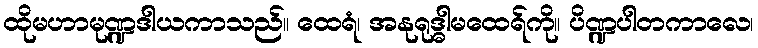
ထိုမဟာမုဏ္ဍဒါယကာသည်။ ထေရံ၊ အနုရုဒ္ဓါမထေရ်ကို။ ပိဏ္ဍပါတကာလေ၊